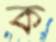
ক